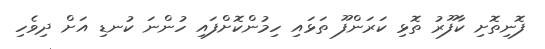
ފޮނިތޮށި ކާފޫރު ތޮޅި ކަރަންފޫ ތަޅައި ހިމުންކޮށްފައި ހުންނަ ކުނޑި އަށް ދިވެހި